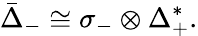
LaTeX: {\bar{\Delta}}_{-}\cong\sigma_{-}\otimes\Delta_{+}^{*}.